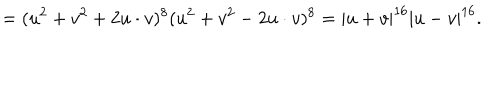
= ( u ^ { 2 } + v ^ { 2 } + 2 u \cdot v ) ^ { 8 } ( u ^ { 2 } + v ^ { 2 } - 2 u \cdot v ) ^ { 8 } = | u + v | ^ { 1 6 } | u - v | ^ { 1 6 } .